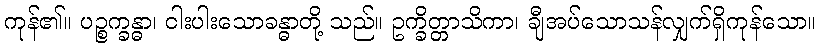
ကုန်၏။ ပဉ္စက္ခန္ဓာ၊ ငါးပါးသောခန္ဓာတို့ သည်။ ဥက္ခိတ္တာသိကာ၊ ချီအပ်သောသန်လျှက်ရှိကုန်သော။